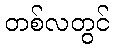
တစ်လတွင်